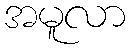
အမူလာ